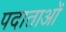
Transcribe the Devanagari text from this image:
पदाताओं